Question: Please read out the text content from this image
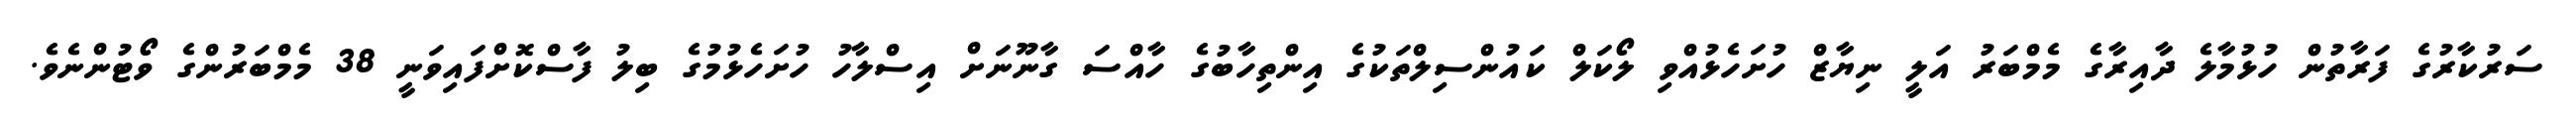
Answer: ސަރުކާރުގެ ފަރާތުން ހުޅުމާލެ ދާއިރާގެ މެމްބަރު އަލީ ނިޔާޒް ހުށަހެޅުއްވި ލޯކަލް ކައުންސިލްތަކުގެ އިންތިހާބުގެ ހާއްސަ ގާނޫނަށް އިސްލާހު ހުށަހެޅުމުގެ ބިލު ފާސްކޮށްފައިވަނީ 38 މެމްބަރުންގެ ވޯޓުންނެވެ.